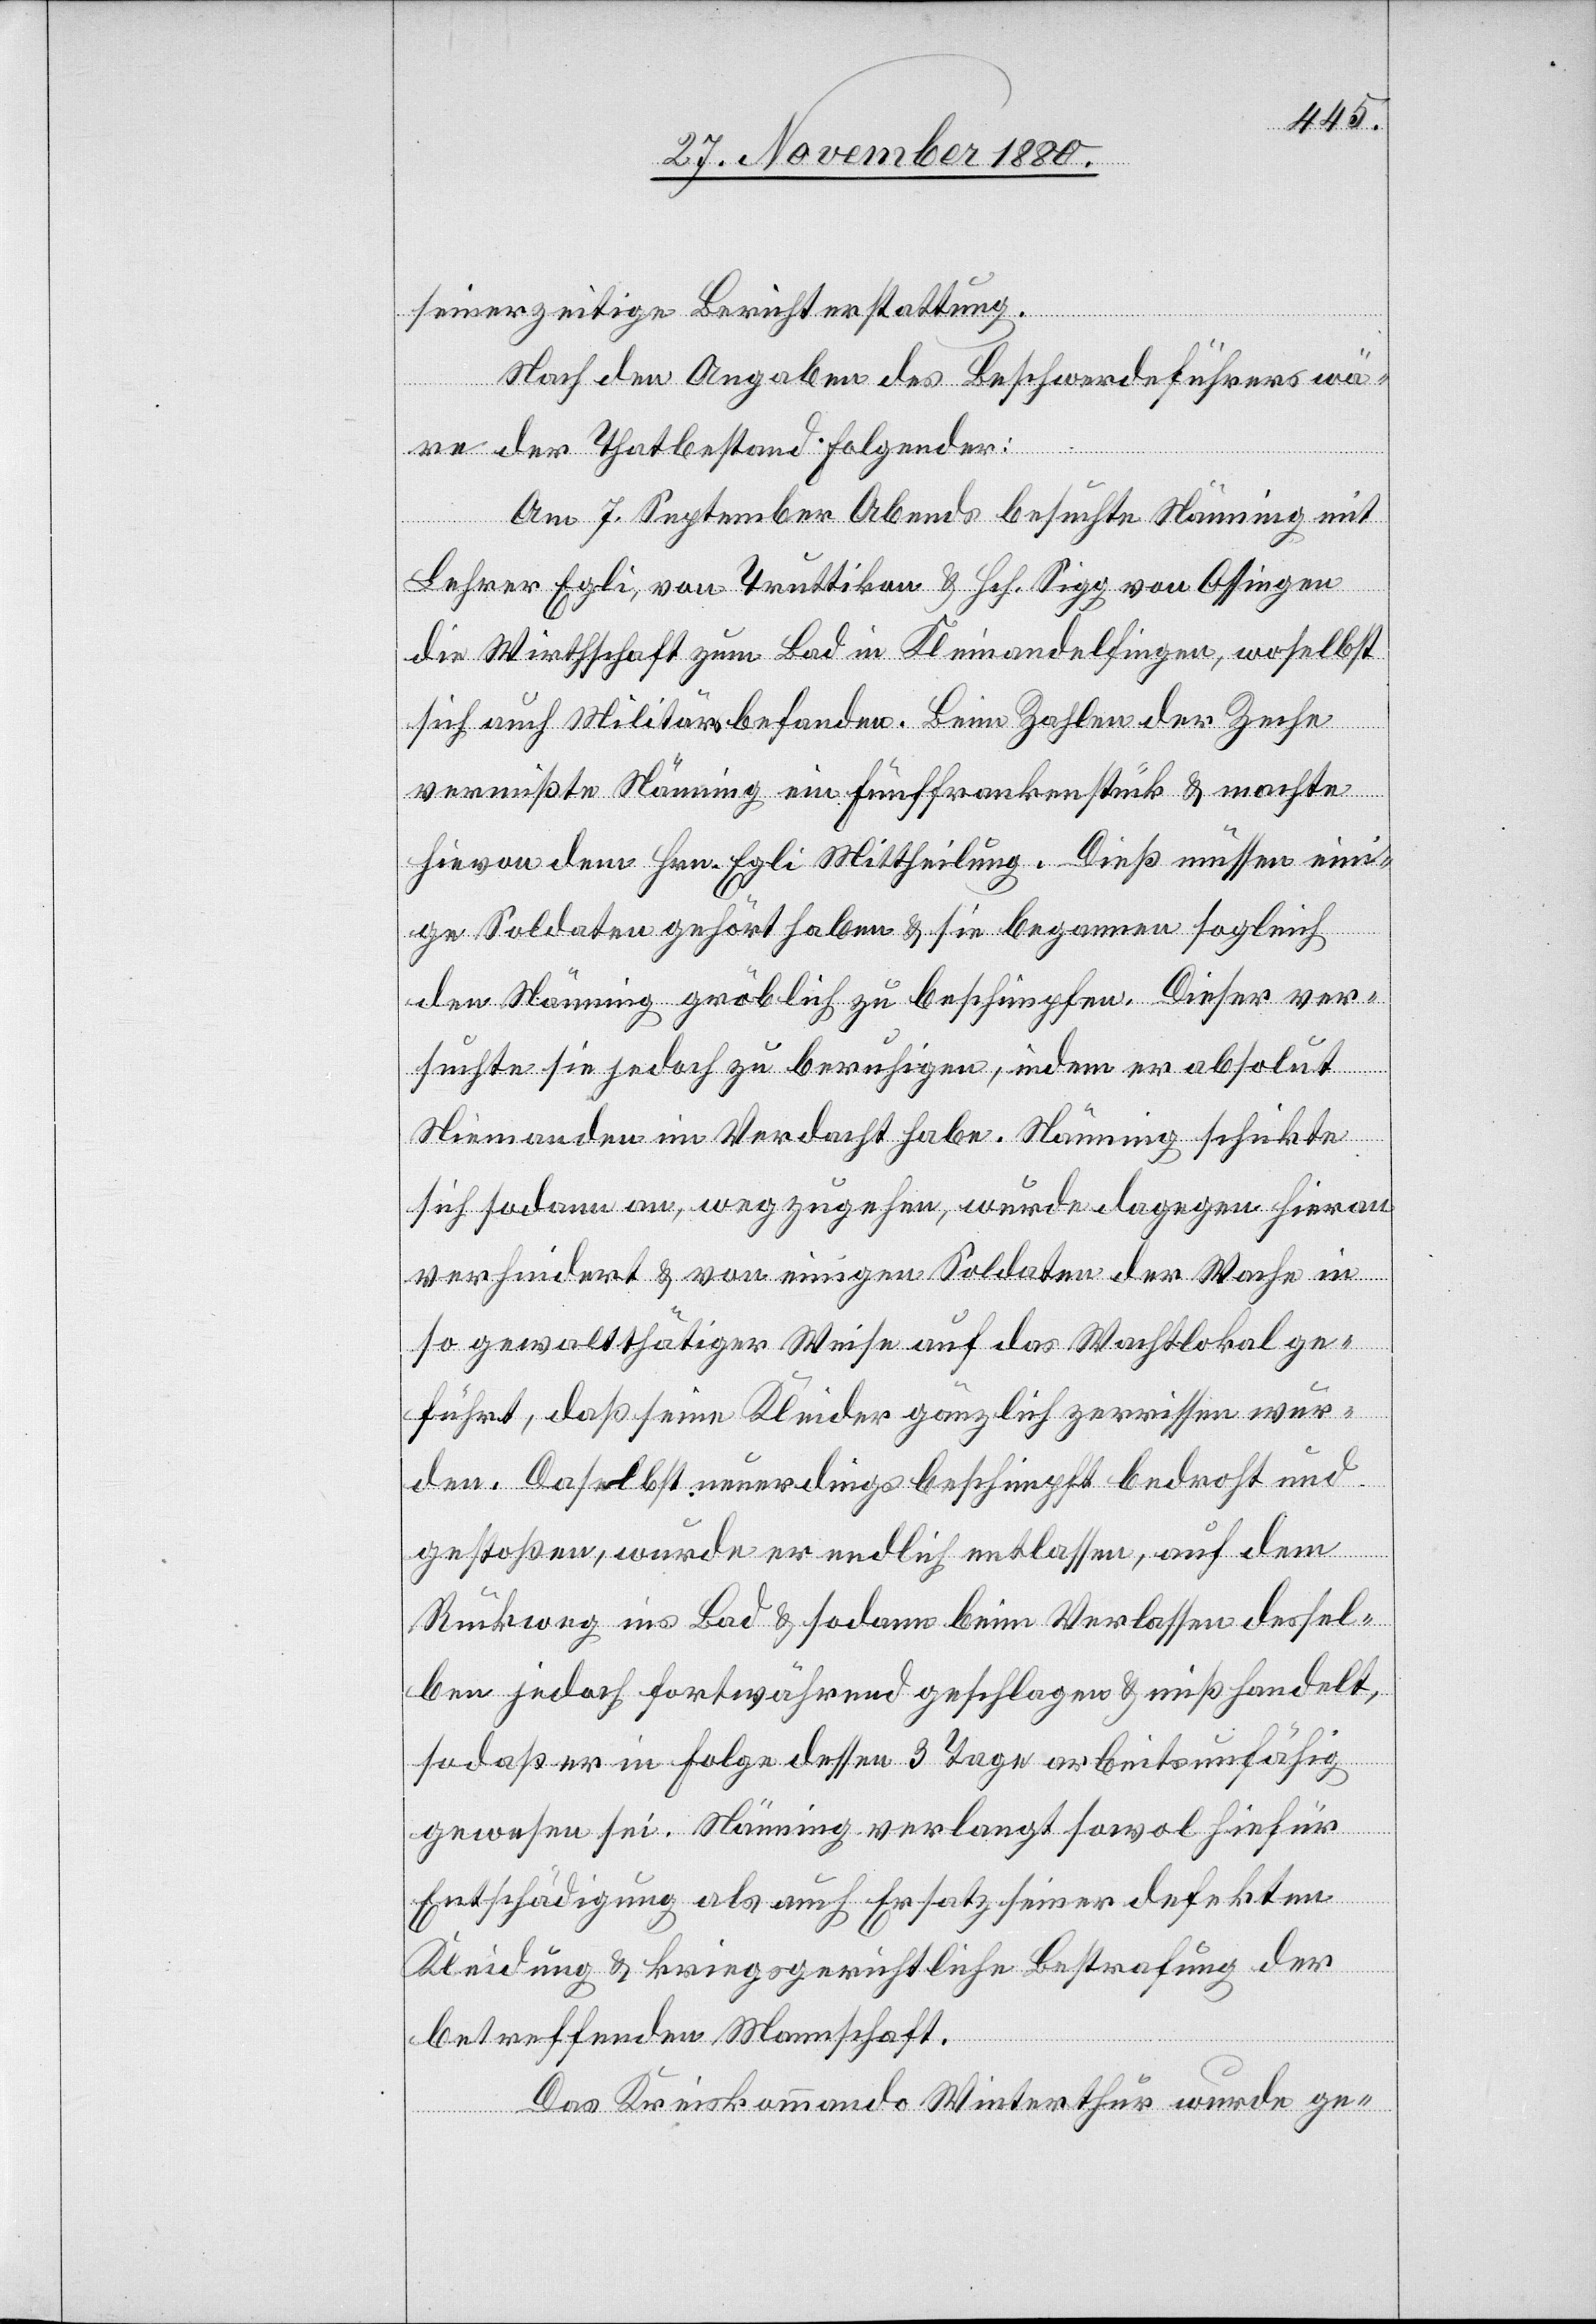
seinerzeitige Berichterstattung.
Nach den Angaben des Beschwerdeführers wä¬
re der Thatbestand Folgender:
Am 7. September Abends besuchte Nänning mit
Lehrer Egli, von Truttikon & Hch. Sigg von Ossingen
die Wirthschaft zum Bad in Kleinandelfingen, woselbst
sich auch Militärs befanden. Beim Zahlen der Zeche
vermißte Nänning ein Fünffrankenstück & machte
hievon dem Hrn. Egli Mittheilung. Dieß müssen ein¬
ige Soldaten gehört haben & sie begannen sogleich
den Nänning gröblich zu beschimpfen. Dieser ver¬
suchte sie jedoch zu beruhigen, indem er absolut
Niemanden im Verdacht habe. Nänning schickte
sich sodann an, wegzugehen, wurde dagegen hieran
verhindert & von einigen Soldaten der Wache in
so gewalttätiger Weise auf das Wachlokal ge¬
führt, daß seine Kleider gänzlich zerrissen wur¬
den. Daselbst neuerdings beschimpft bedroht und
gestoßen, wurde er endlich entlassen, auf dem
Rückweg ins Bad & sodann beim Verlassen dessel¬
ben jedoch fortwährend geschlagen & mißhandelt,
sodaß er in Folge dessen 3 Tage arbeitsunfähig
gewesen sei. Nänning verlangt sowol hiefür
Entschädigung als auch Ersatz seiner defekten
Kleidung & kriegsgerichtliche Bestrafung der
betreffenden Mannschaft.
Das Kreiskommando Winterthur wurde ge-